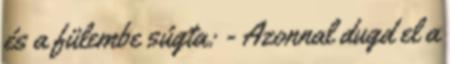
és a fülembe súgta: - Azonnal dugd el a